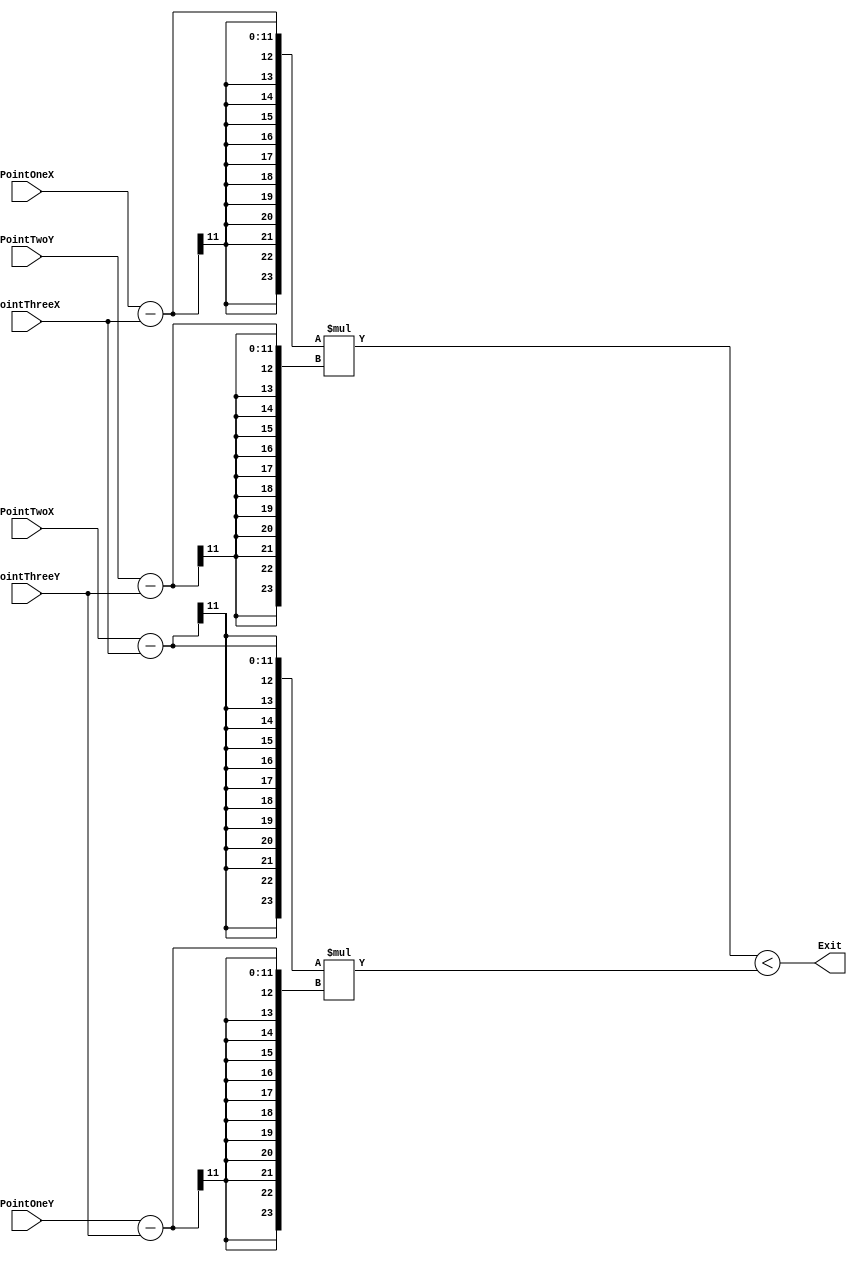
module Calculation(
  input [10:0] PointOneX,
  input [10:0] PointOneY,
  input [10:0] PointTwoX,
  input [10:0] PointTwoY,
  input [10:0] PointThreeX,
  input [10:0] PointThreeY,
  output Exit);
  wire signed [23:0] Mod_1;
  wire signed [23:0] Mod_2;

  assign Mod_1 = (PointOneX - PointThreeX) * (PointTwoY - PointThreeY);
  assign Mod_2 = (PointTwoX - PointThreeX) * (PointOneY - PointThreeY);
  
  assign Exit = Mod_1 < Mod_2;

endmodule

module Triangle(
	  input [10:0] PointTotX,
	  input [10:0] PointTotY,
	  input [10:0] PointOneX,
	  input [10:0] PointOneY,
	  input [10:0] PointTwoX,
	  input [10:0] PointTwoY,
	  input [10:0] PointThreeX,
	  input [10:0] PointThreeY,
	  output result
	);
	wire Ex1, Ex2, Ex3; 
	
	Calculation E1(PointTotX, PointTotY, PointOneX, PointOneY, PointTwoX, PointTwoY, Ex1);
	Calculation E2(PointTotX, PointTotY, PointTwoX, PointTwoY, PointThreeX, PointThreeY, Ex2);
	Calculation E3(PointTotX, PointTotY, PointThreeX, PointThreeY, PointOneX, PointOneY, Ex3);
	
	assign result = Ex1 == Ex2 & Ex2 == Ex3;
endmodule
/*Modulo teste*/
module Test;
	integer Write;
	reg [10:0]X_1;
	reg [10:0]X_2;
	reg [10:0]X_3;
	reg [10:0]Y_1;
	reg [10:0]Y_2;
	reg [10:0]Y_3;
	reg [10:0]PointX;
	reg [10:0]PointY;
	reg CLK;
	reg rst;
	
	Triangle A(PointX,PointY,X_1,Y_1,X_2,Y_2,X_3,Y_3,Exit);
	
	initial begin
		Write = $fopen("result.txt", "w");
		$dumpvars(0, A);
			#0;
				X_1 <=0;
				Y_1 <=0;
				X_2 <=10;
				Y_2 <=0;
				X_3 <=0;
				Y_3 <=10;
				PointX <=3;
				PointY <=3;
			#5;
				$fdisplay(Write, "%d", Exit);
			#6;
				X_1 <=15;
				Y_1 <=15;
				X_2 <=30;
				Y_2 <=0;
				X_3 <=15;
				Y_3 <=0;
				PointX <=3;
				PointY <=3;
			#9;
				$fdisplay(Write, "%d", Exit);
			#10;
		$finish;
	end
endmodule